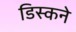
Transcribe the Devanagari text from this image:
डिस्कने